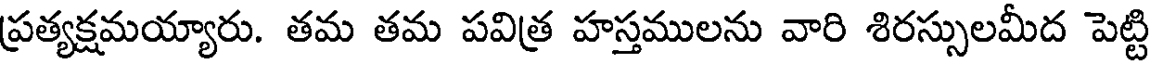
ప్రత్యక్షమయ్యారు. తమ తమ పవిత్ర హస్తములను వారి శిరస్సులమీద పెట్టి